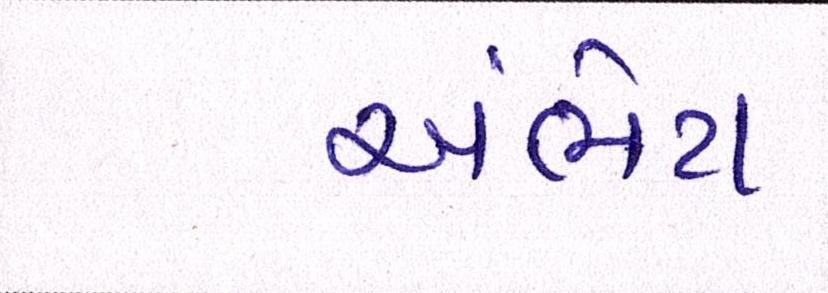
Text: અંભેટા